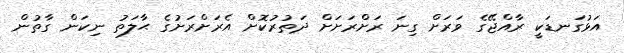
އަޅުގަނޑަކީ ރާއްޖޭގެ ވަރަށް ގިނަ ރަށްރަށަށް ދަތުރުކޮށް އެރަށްރަށުގެ ޙާލަތު ނިކަން ގާތުން